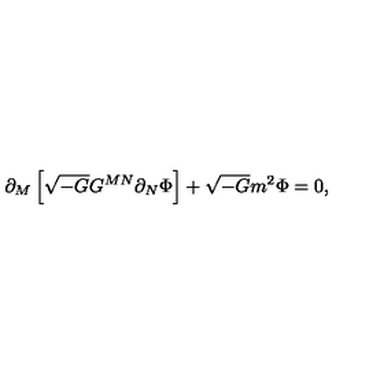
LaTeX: \partial _ { M } \left[ \sqrt { - G } G ^ { M N } \partial _ { N } \Phi \right] + \sqrt { - G } m ^ { 2 } \Phi = 0 ,